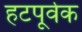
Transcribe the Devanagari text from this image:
हटपूर्वक